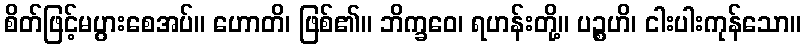
စိတ်ဖြင့်မပွားစေအပ်။ ဟောတိ၊ ဖြစ်၏။ ဘိက္ခဝေ၊ ရဟန်းတို့။ ပဉ္စဟိ၊ ငါးပါးကုန်သော။